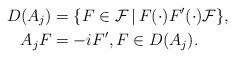
LaTeX: \begin{align*}D(A_j)&=\{F \in\mathcal{F}\,|\, F(\cdot) F'(\cdot) \mathcal{F}\},\\ A_j F&=-iF' ,F\in D(A_j).\end{align*}